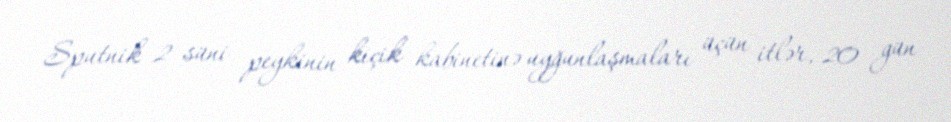
Sputnik 2 süni peykinin kiçik kabinetinə uyğunlaşmaları üçün itlər, 20 gün